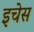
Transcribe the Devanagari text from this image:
इचेस